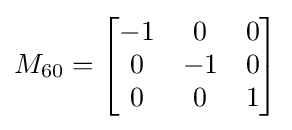
M_{60}={\begin{bmatrix}-1&0&0\\0&-1&0\\0&0&1\end{bmatrix}}